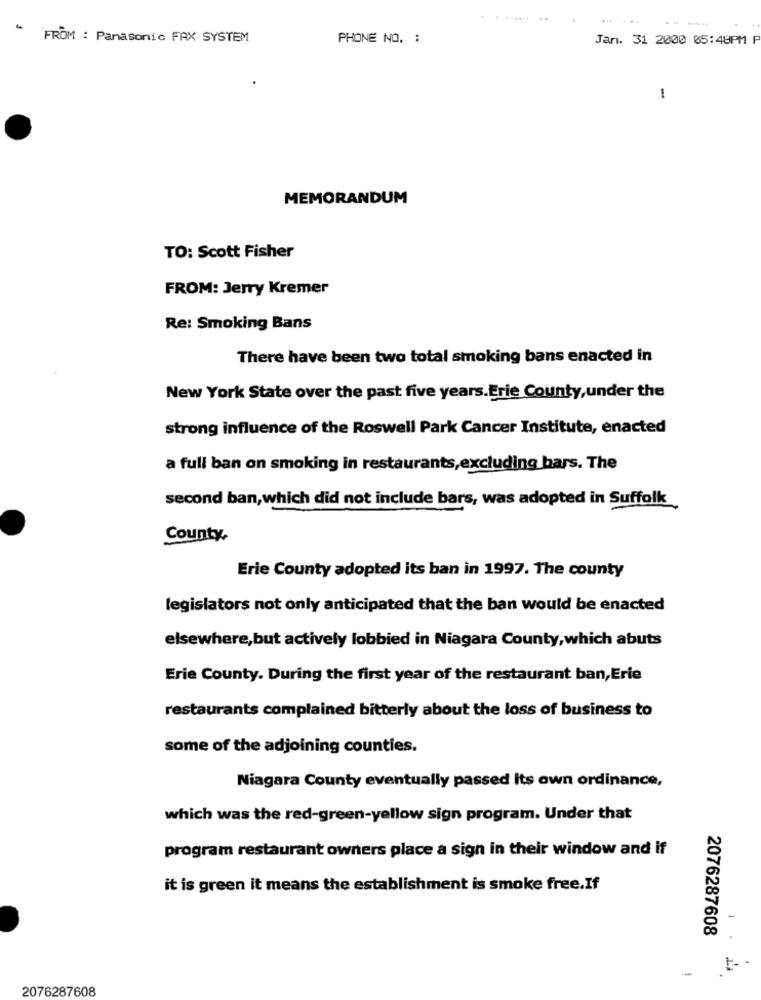
FROM : Panasonic FAX SYSTEM
PHONE NO. :
Jan. 31 2000 05:48PM P
1
MEMORANDUM
TO: Scott Fisher
FROM: Jerry Kremer
Re: Smoking Bans
There have been two total smoking bans enacted in
New York State over the past five years. Erie County, under the
strong influence of the Roswell Park Cancer Institute, enacted
a full ban on smoking in restaurants, excluding bars. The
second ban, which did not include bars, was adopted in Suffolk
County,
Erie County adopted its ban in 1997. The county
legislators not only anticipated that the ban would be enacted
elsewhere,but actively lobbied in Niagara County, which abuts
Erie County. During the first year of the restaurant ban, Erie
restaurants complained bitterly about the loss of business to
some of the adjoining counties.
Niagara County eventually passed Its own ordinance,
which was the red-green-yellow sign program. Under that
program restaurant owners place a sign in their window and if
it is green it means the establishment is smoke free.If
2076287608
. .
2076287608